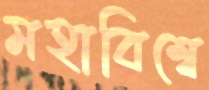
মহাবিশ্বে